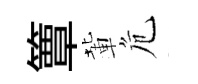
簟輩危